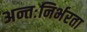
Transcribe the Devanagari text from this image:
अन्तःनिर्भरता